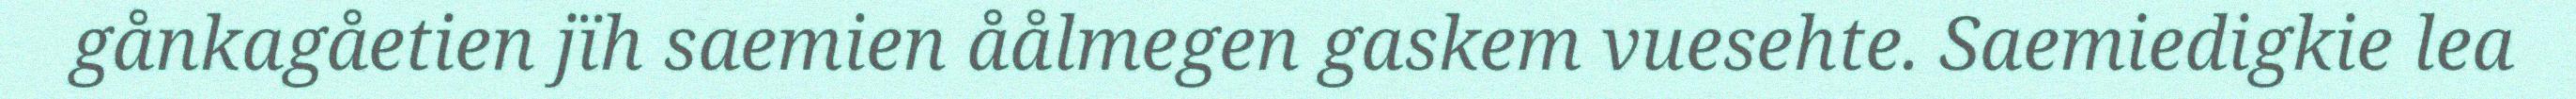
gånkagåetien jïh saemien åålmegen gaskem vuesehte. Saemiedigkie lea